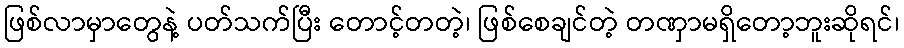
ဖြစ်လာမှာတွေနဲ့ ပတ်သက်ပြီး တောင့်တတဲ့၊ ဖြစ်စေချင်တဲ့ တဏှာမရှိတော့ဘူးဆိုရင်၊